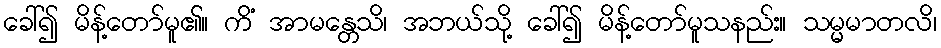
ခေါ်၍ မိန့်တော်မူ၏။ ကိံ အာမန္တေသိ၊ အဘယ်သို့ ခေါ်၍ မိန့်တော်မူသနည်း။ သမ္မမာတလိ၊